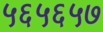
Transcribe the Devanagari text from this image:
५६५६५७